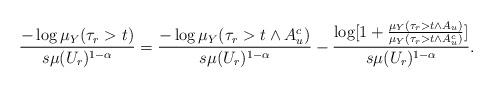
LaTeX: \begin{align*}\frac{-\log \mu_Y(\tau_r > t)}{s\mu(U_r)^{1-\alpha}}= \frac{- \log \mu_Y(\tau_r > t \wedge A_u^c)}{s\mu(U_r)^{1-\alpha}}-\frac{\log[1 + \frac{\mu_Y(\tau_r > t \wedge A_u)}{\mu_Y(\tau_r > t \wedge A_u^c)}]}{s\mu(U_r)^{1-\alpha}}.\end{align*}